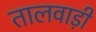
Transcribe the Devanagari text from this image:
तालवाड़ी